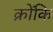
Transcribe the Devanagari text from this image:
क्रोंकि